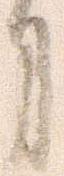
月